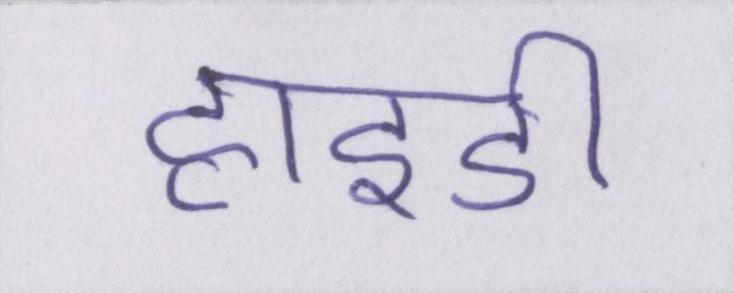
हाइडी